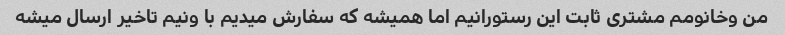
من وخانومم مشتری ثابت این رستورانیم اما همیشه که سفارش میدیم با ونیم تاخیر ارسال میشه